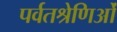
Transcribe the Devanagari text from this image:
पर्वतश्रेणिओं